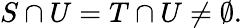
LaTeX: S\cap U=T\cap U\neq\emptyset.